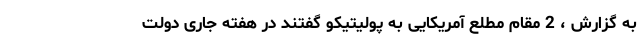
به گزارش ، 2 مقام مطلع آمریکایی به پولیتیکو گفتند در هفته جاری دولت